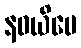
နဝယိမေ